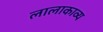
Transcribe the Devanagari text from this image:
लालाकाव्य